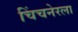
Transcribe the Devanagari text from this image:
चिंचनेरला